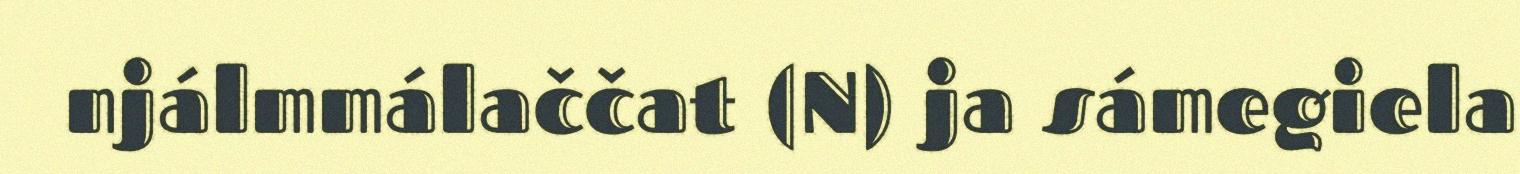
njálmmálaččat (N) ja sámegiela